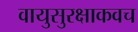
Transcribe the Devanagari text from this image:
वायुसुरक्षाकवच